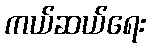
ကယ်ဆယ်ရေး